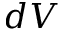
d V